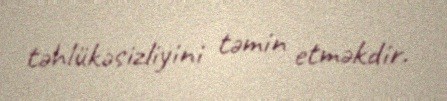
təhlükəsizliyini təmin etməkdir.